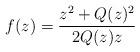
LaTeX: \begin{align*}f(z)=\frac{z^2+Q(z)^2}{2Q(z)z}\end{align*}